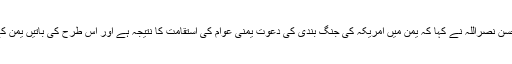
خیبر صہیون تحقیقاتی ویب گاہ کے مطابق، حزب اللہ کے سربراہ سیدحسن نصراللہ نے کہا کہ یمن میں امریکہ کی جنگ بندی کی دعوت یمنی عوام کی استقامت کا نتیجہ ہے اور اس طرح کی باتیں یمن کے دلدل سے سعودی اتحاد کو باہر نکالنے کی ایک کوشش ہوسکتی ہے۔